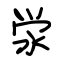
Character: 泶